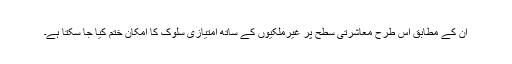
ان کے مطابق اس طرح معاشرتی سطح پر غیرملکیوں کے ساتھ امتیازی سلوک کا امکان ختم کیا جا سکتا ہے۔